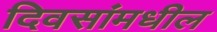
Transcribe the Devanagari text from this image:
दिवसांमधील